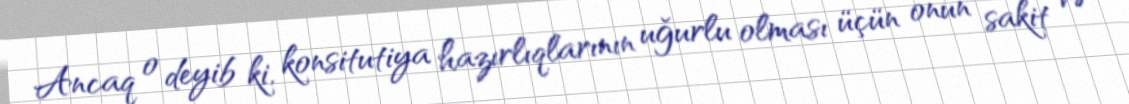
Ancaq o deyib ki, konsitutiya hazırlıqlarının uğurlu olması üçün onun sakit və